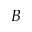
B